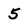
Character: 5